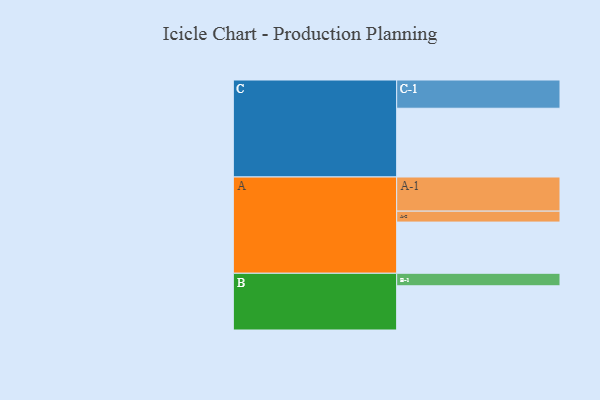
{"axis": {"x": "Segment", "y": "Value"}, "legend": ["", "A", "B", "C"], "data": [{"x": "A", "y": 417, "type": ""}, {"x": "B", "y": 360, "type": ""}, {"x": "C", "y": 560, "type": ""}, {"x": "A-1", "y": 278, "type": "A"}, {"x": "A-2", "y": 89, "type": "A"}, {"x": "B-1", "y": 102, "type": "B"}, {"x": "C-1", "y": 230, "type": "C"}]}